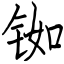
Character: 铷